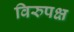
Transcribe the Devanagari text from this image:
विरुपक्ष